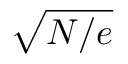
\sqrt { N / e }